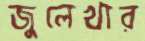
জুলেখার